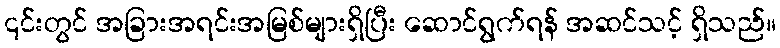
၎င်းတွင် အခြားအရင်းအမြစ်များရှိပြီး ဆောင်ရွက်ရန် အဆင်သင့် ရှိသည်။